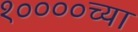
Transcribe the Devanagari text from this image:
१००००च्या